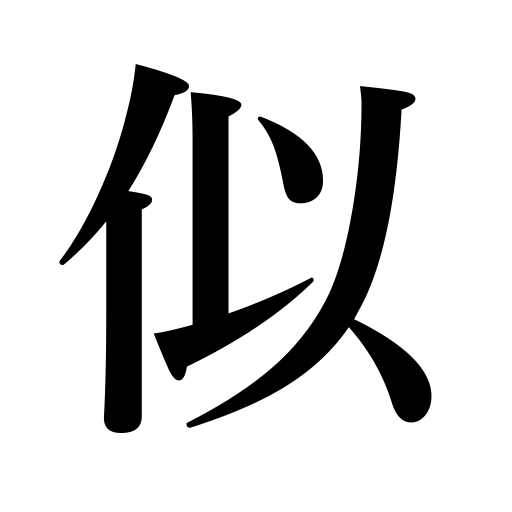
Meanings: resemble